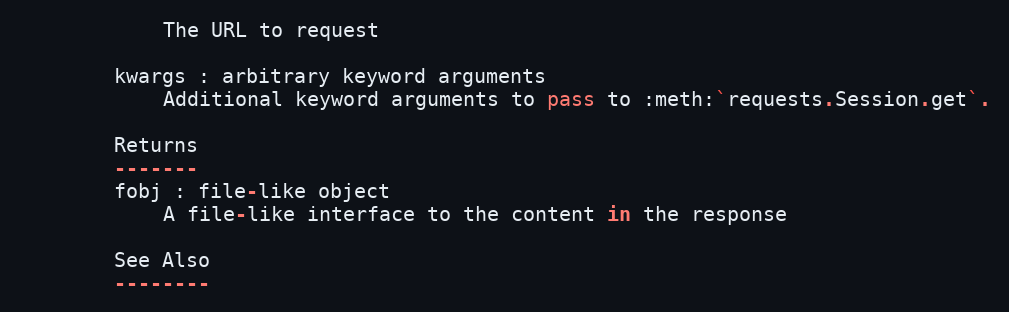
Language: Python
            The URL to request

        kwargs : arbitrary keyword arguments
            Additional keyword arguments to pass to :meth:`requests.Session.get`.

        Returns
        -------
        fobj : file-like object
            A file-like interface to the content in the response

        See Also
        --------